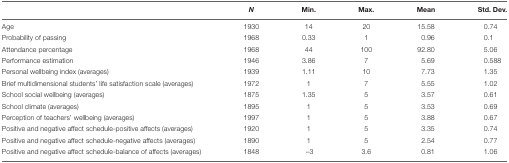
|  | N | Min. | Max. | Mean | Std. Dev. |
 | --- | --- | --- | --- | --- | --- |
 | Age | 1930 | 14 | 20 | 15.58 | 0.74 |
 | Probability of passing | 1968 | 0.33 | 1 | 0.96 | 0.1 |
 | Attendance percentage | 1968 | 44 | 100 | 92.80 | 5.06 |
 | Performance estimation | 1946 | 3.86 | 7 | 5.69 | 0.588 |
 | Personal wellbeing index (averages) | 1939 | 1.11 | 10 | 7.73 | 1.35 |
 | Brief multidimensional students’ life satisfaction scale (averages) | 1972 | 1 | 7 | 5.55 | 1.02 |
 | School social wellbeing (averages) | 1875 | 1.35 | 5 | 3.57 | 0.61 |
 | School climate (averages) | 1895 | 1 | 5 | 3.53 | 0.69 |
 | Perception of teachers’ wellbeing (averages) | 1997 | 1 | 5 | 3.88 | 0.67 |
 | Positive and negative affect schedule-positive affects (averages) | 1920 | 1 | 5 | 3.35 | 0.74 |
 | Positive and negative affect schedule-negative affects (averages) | 1890 | 1 | 5 | 2.54 | 0.77 |
 | Positive and negative affect schedule-balance of affects (averages) | 1848 | –3 | 3.6 | 0.81 | 1.06 |